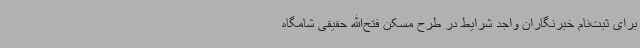
برای ثبت‌نام خبرنگاران واجد شرایط در طرح مسکن فتح‌الله حقیقی شامگاه